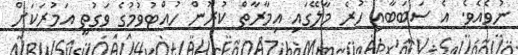
ނުވެއެވެ. އެ ސަބަބާއި ހުރެ މާލޭގައި އިމާރާތް ކުރުން ހުއްޓުވުމުގެ ވަގުތީ އަމުރަކަށް